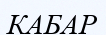
КАБАР